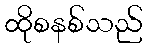
ထိုစနစ်သည်